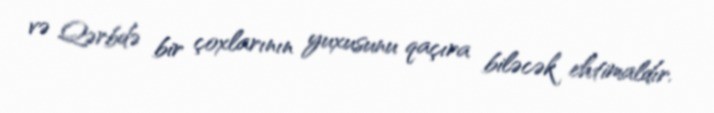
və Qərbdə bir çoxlarının yuxusunu qaçıra biləcək ehtimaldır.